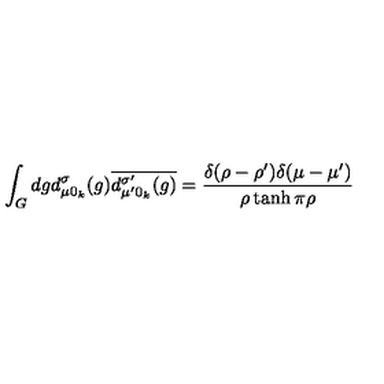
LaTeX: \int _ { G } d g d _ { \mu 0 _ { k } } ^ { \sigma } ( g ) \overline { { d _ { \mu ^ { \prime } 0 _ { k } } ^ { \sigma ^ { \prime } } ( g ) } } = \frac { \delta ( \rho - \rho ^ { \prime } ) \delta ( \mu - \mu ^ { \prime } ) } { \rho \tanh \pi \rho }